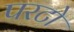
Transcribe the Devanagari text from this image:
परटो